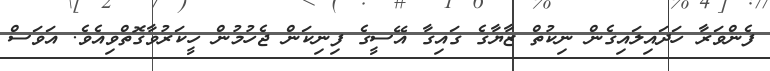
ފެންވަރާ ހަދައިލައިގެން ނިކުތް ޒާޔާގެ ގައިގާ އޭސީގެ ފިނިކަން ޖެހުމުން ހީކަރުވާގޮތްވިއެވެ. އަވަސް